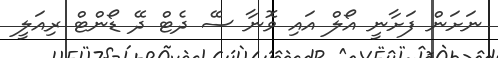
ނަށަން ފަށާނީ އޯލް އައި ވޮނާ ސޭ ދެޓް ދޭ ޑޯންޓް ރިއަލީ